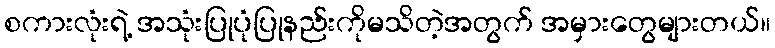
စကားလုံးရဲ့ အသုံးပြုပုံပြုနည်းကိုမသိတဲ့အတွက် အမှားတွေများတယ်။